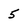
Character: 5